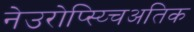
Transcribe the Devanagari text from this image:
नेउरोप्स्य्चिअतिक